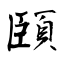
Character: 頣